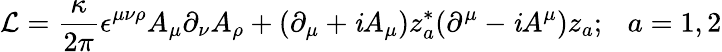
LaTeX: {\cal L}=\frac{\kappa}{2\pi}\epsilon^{\mu\nu\rho}A_{\mu}\partial_{\nu}A_{\rho}+(\partial_{\mu}+{\mathit i}A_{\mu})z_{a}^{*}(\partial^{\mu}-{\mathit i}A^{\mu})z_{a};~~~a=1,2